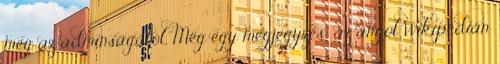
meg az adminságától. Még egy megjegyzés: az angol Wikipédián